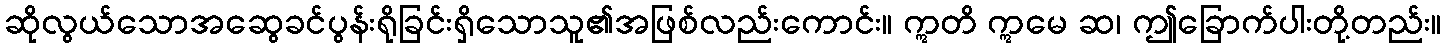
ဆိုလွယ်သောအဆွေခင်ပွန်းရိုခြင်းရှိသောသူ၏အဖြစ်လည်းကောင်း။ ဣတိ ဣမေ ဆ၊ ဤခြောက်ပါးတို့တည်း။